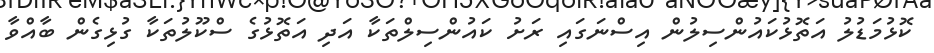
ކޮޅުމަޑުލު އަތޮޅުކައުންސިލުން އިސްނަގައި ރަށު ކައުންސިލްތަކާ އަދި އަތޮޅުގެ ސްކޫލުތަކާ ގުޅިގެން ބާއްވާ